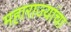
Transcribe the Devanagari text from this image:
महाराज्यांचा